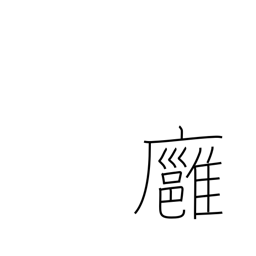
Meaning: mild